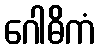
ဂေါဓိကံ